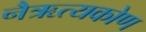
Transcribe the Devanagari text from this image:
नैऋत्यकोण